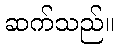
ဆက်သည်။